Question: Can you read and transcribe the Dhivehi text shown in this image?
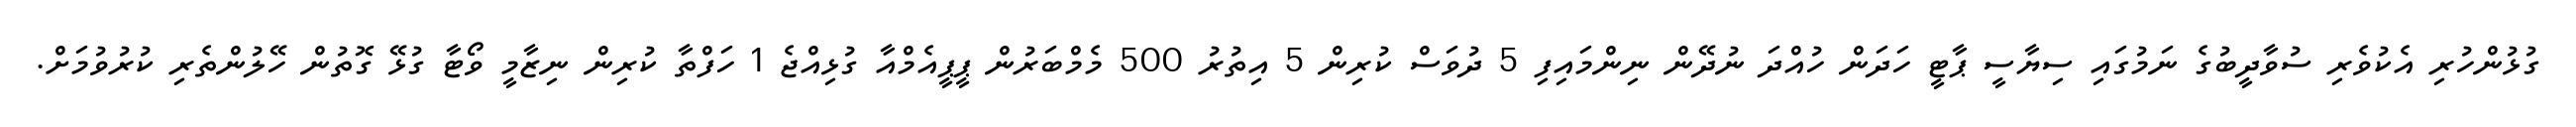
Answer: ގުޅުންހުރި އެކުވެރި ސުވާދީބުގެ ނަމުގައި ސިޔާސީ ޕާޓީ ހަދަން ހުއްދަ ނުދޭން ނިންމައިފި 5 ދުވަސް ކުރިން 5 އިތުރު 500 މެމްބަރުން ޕީޕީއެމްއާ ގުޅިއްޖެ 1 ހަފްތާ ކުރިން ނިޒާމީ ވޯޓާ ގުޅޭ ގޮތުން ހޭލުންތެރި ކުރުވުމަށް.